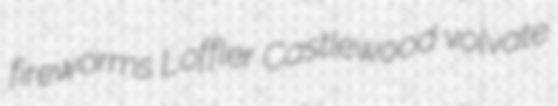
fireworms Loffler Castlewood volvate